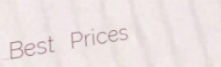
Best Prices